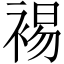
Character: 裼